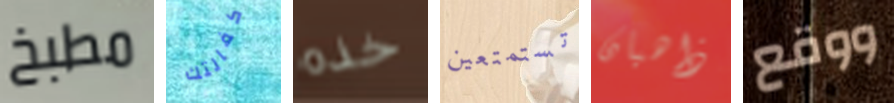
مطبخ كفالتك خذه تستمتعين ذاهبان ووقع